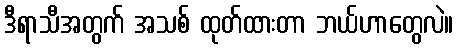
ဒီရာသီအတွက် အသစ် ထုတ်ထားတာ ဘယ်ဟာတွေလဲ။